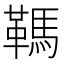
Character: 䩻